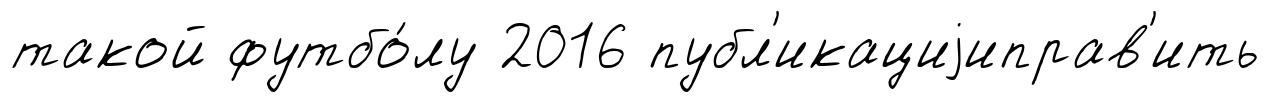
такой футбо́лу 2016 публ'икациjиправ'ить